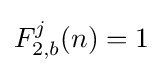
F_{2,b}^{j}(n)=1